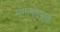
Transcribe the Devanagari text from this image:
मंगलात्मक